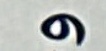
و